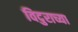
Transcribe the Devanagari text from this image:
विदुराच्या